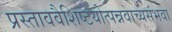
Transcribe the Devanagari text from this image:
प्रस्ताववैशिष्टयोत्पन्नवाच्यसंभवा